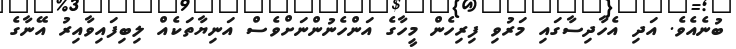
ބުނެއެވެ. އަދި އެހާދިސާގައި މަރުވި ފިރިހެން މީހާގެ އަންހެނުންނަށްވެސް އަނިޔާތަކެއް ލިބިފައިވާއިރު އޭނާގެ